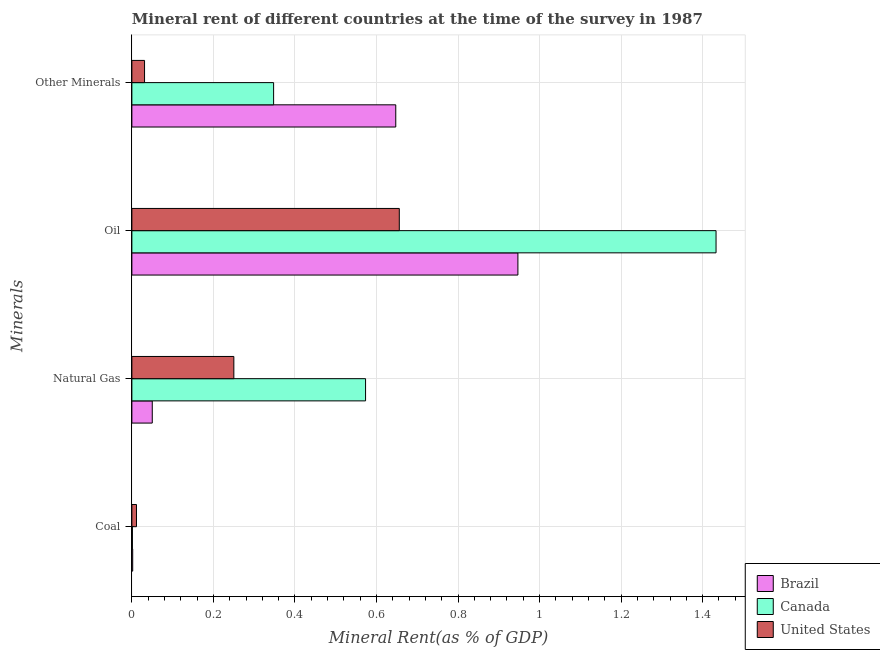
| Minerals | Brazil | Canada | United States |
 | --- | --- | --- | --- |
 | Coal | 0.00202 | 0.00132 | 0.0113 |
 | Natural Gas | 0.05 | 0.573 | 0.25 |
 | Oil | 0.947 | 1.43 | 0.656 |
 | Other Minerals | 0.647 | 0.348 | 0.0311 |